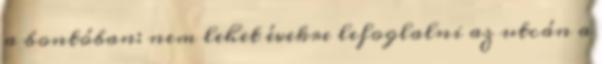
a bontóban: nem lehet évekre lefoglalni az utcán a